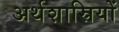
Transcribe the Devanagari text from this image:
अर्थशास्रियों